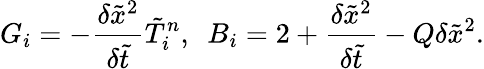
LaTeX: {G_{i}}=-\frac{{\delta{{\tilde{x}}^{2}}}}{{\delta\tilde{t}}}\tilde{T}_{i}^{n},~~{B_{i}}=2+\frac{{\delta{{\tilde{x}}^{2}}}}{{\delta\tilde{t}}}-Q\delta{\tilde{x}^{2}}.